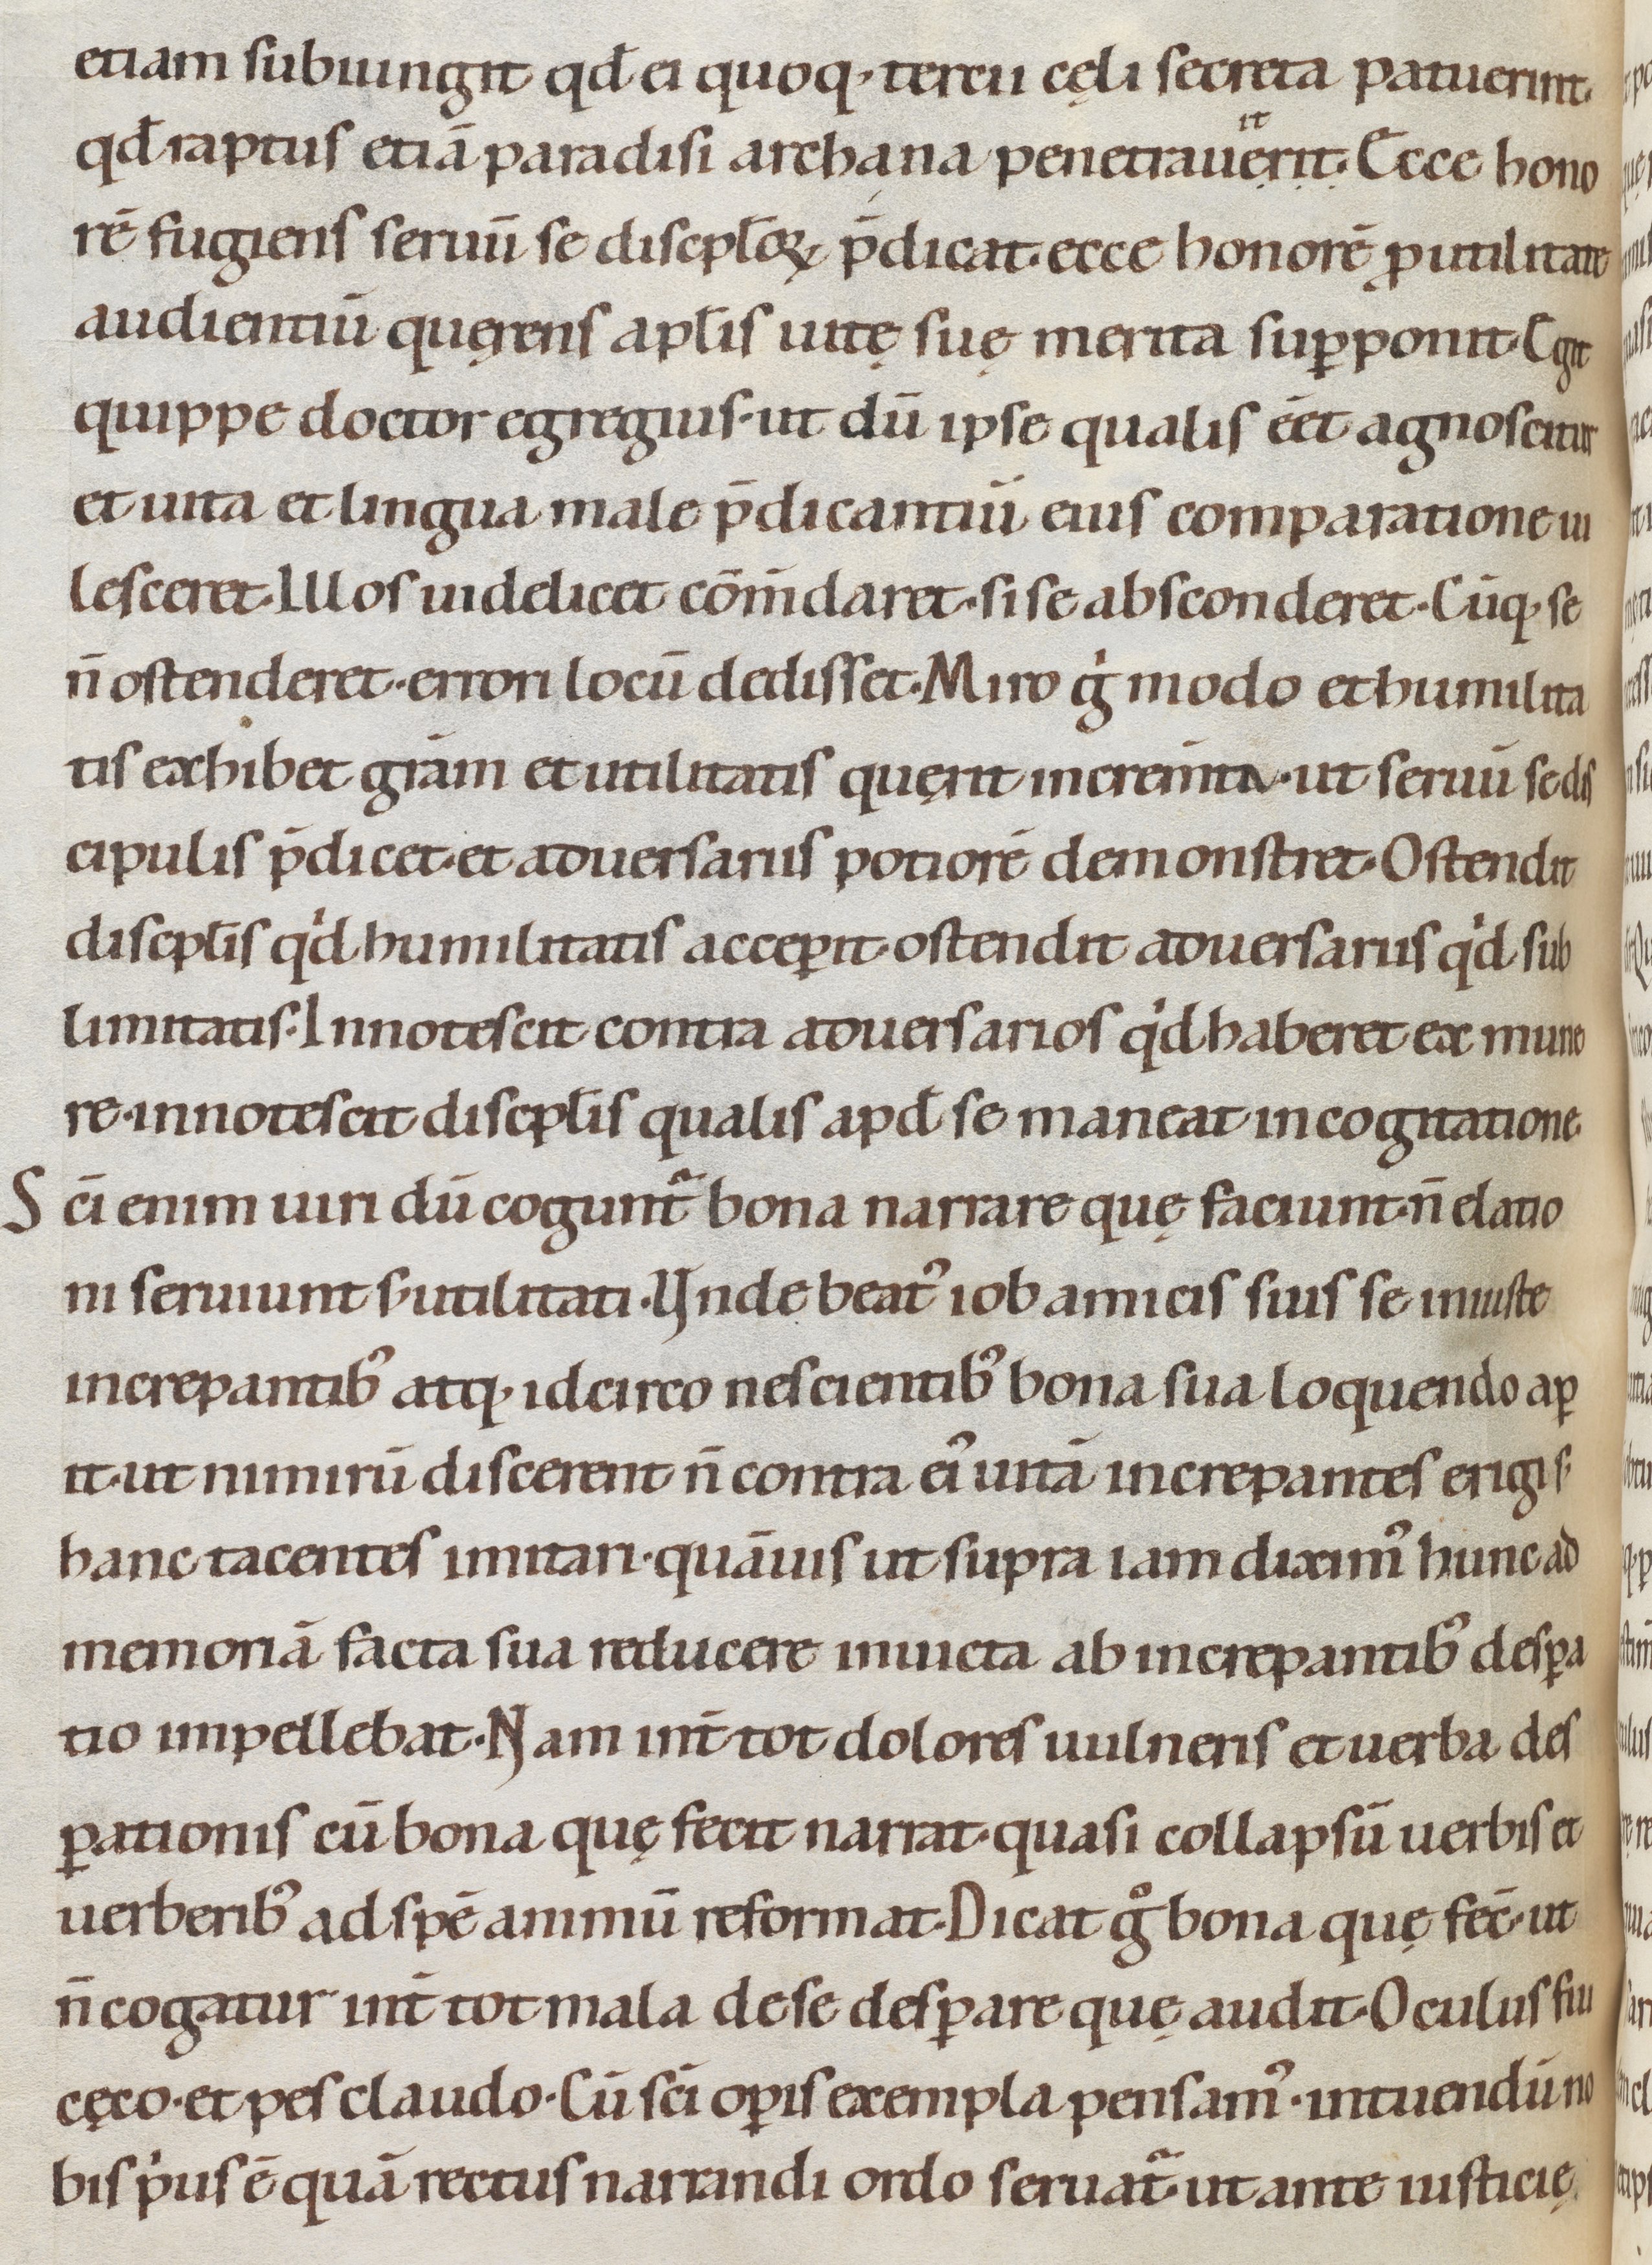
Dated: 1080–1096